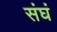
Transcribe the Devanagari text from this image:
संघं